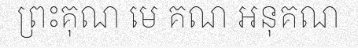
ព្រះគុណ មេ គណ អនុគណ